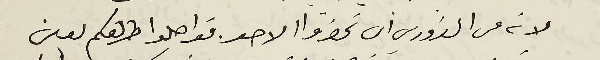
لانه من الضروري ان تحضروا الاحد. فواصلوا طريقكم لعين